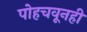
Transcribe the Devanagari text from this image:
पोहचवूनही